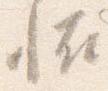
恠